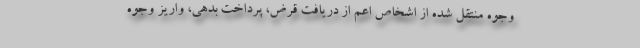
وجوه منتقل شده از اشخاص اعم از دریافت قرض، پرداخت بدهی، واریز وجوه